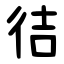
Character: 㣟